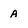
Character: A